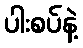
ပါးစပ်နဲ့